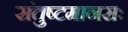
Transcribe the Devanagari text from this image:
संतुष्टमानसः